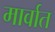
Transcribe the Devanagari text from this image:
मार्वात